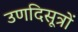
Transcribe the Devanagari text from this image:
उणदिसूत्रों